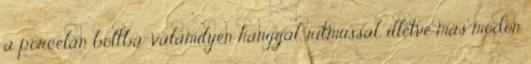
a porcelán boltba" valamilyen hanggal, ritmussal, illetve más módon